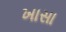
ખાસા